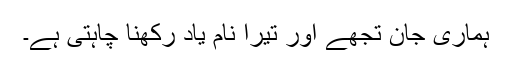
ہماری جان تجھے اور تیرا نام یاد رکھنا چاہتی ہے۔